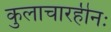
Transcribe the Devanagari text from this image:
कुलाचारहीनः